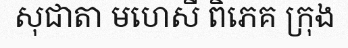
សុជាតា មហេសី ពិភេគ ក្រុង